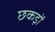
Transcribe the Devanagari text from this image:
छकड़ों